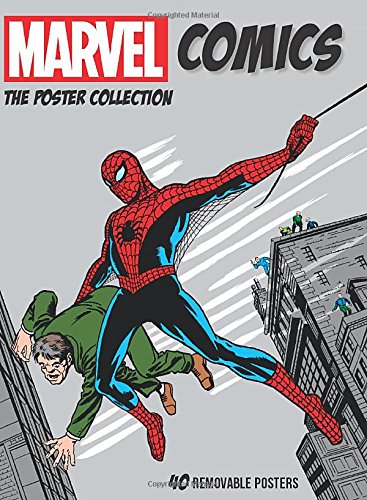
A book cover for Marvel Comics: The Poster Collection; Crafts, Hobbies & Home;